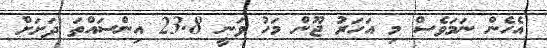
އެހެން ނަމަވެސް މި އަހަރު ޖޫން މަހު ވަނީ 23.8 އިންސައްތަ ދަށަށް